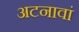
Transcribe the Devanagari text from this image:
अटनावां